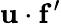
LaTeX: {\mathbf u}\cdot{\mathbf f^{\prime}}